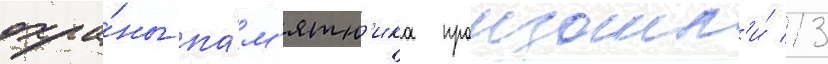
охра́ны па́м'ятн'ика произошл'и́ 13